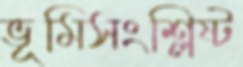
ভূমিসংশ্লিষ্ট